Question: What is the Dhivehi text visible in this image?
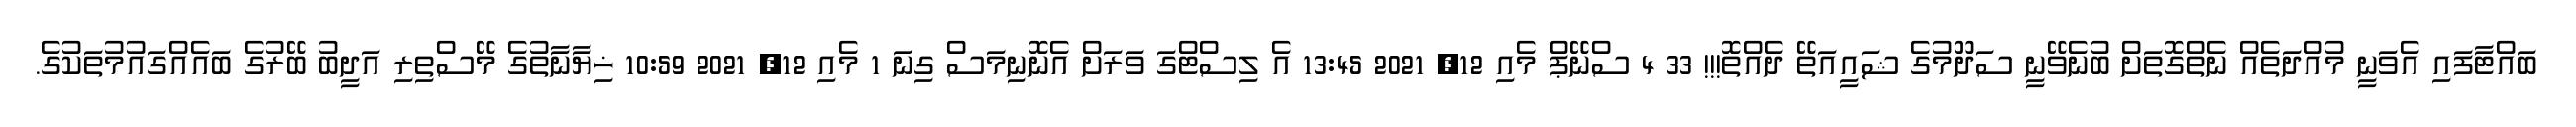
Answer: ބައްޓާފައި އެވަނީ މުއްދަތެއް ނެތްގޮތަށް ބުނެވޭނީ ސަދޫމުގެ ޝައީއަތޭ ދެއްތޮ!!! 33 4 ސްނޭޕް މެއި 12, 2021 13:45 އެ ލިސްޓްގަ ވަރަށް އެނޮނިމަސް ގިނަ 1 މެއި 12, 2021 10:59 ޚިޔާނާތުގެ މޭސްތިރި އަދީބު ބޭރުގެ ބައެއްގައުމުތަކުގެ.